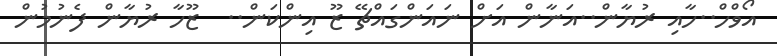
އޯވްހް..ހާއި ރުޔާން..އަނާން އަށް ނައަންގައްޗޭ ޒޫ އިންކަން..  ޒޫހާ ރުޔާން ފެނުމުން